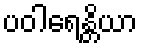
ပဝါရေန္တိယာ